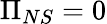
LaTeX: \Pi_{NS}=0